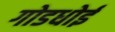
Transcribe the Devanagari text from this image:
गोडधोई